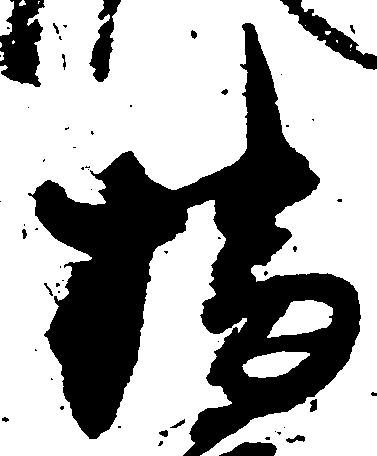
播